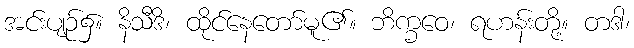
အင်းပျဉ်၌။ နိသီဒိ၊ ထိုင်နေတော်မူ၏။ ဘိက္ခဝေ၊ ရဟန်းတို့။ တဒါ၊